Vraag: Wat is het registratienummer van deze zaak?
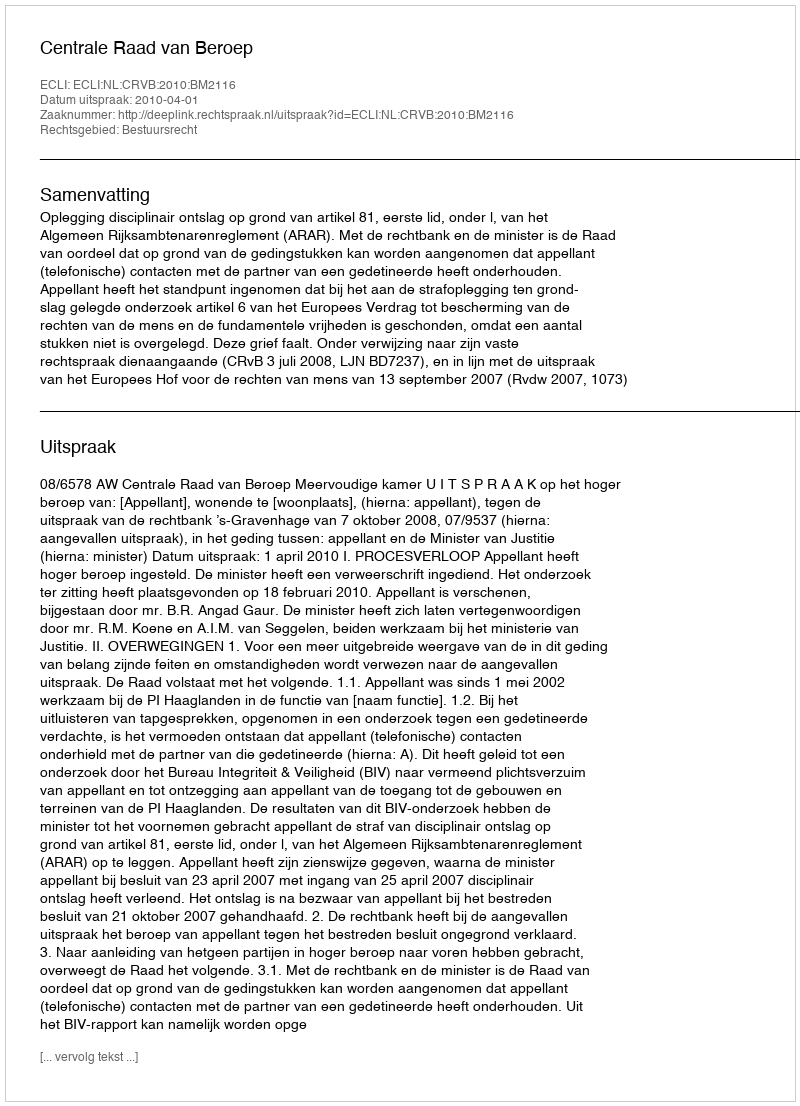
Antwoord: http://deeplink.rechtspraak.nl/uitspraak?id=ECLI:NL:CRVB:2010:BM2116